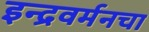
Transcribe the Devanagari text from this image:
इन्द्रवर्मनचा